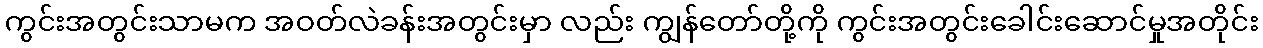
ကွင်းအတွင်းသာမက အဝတ်လဲခန်းအတွင်းမှာ လည်း ကျွန်တော်တို့ကို ကွင်းအတွင်းခေါင်းဆောင်မှုအတိုင်း